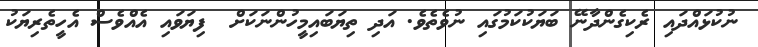
ނުކުޅައްދައި ރެކިގެންދާނޭ ބަޔަކުކަމުގައި ނުވެތެވެ. އަދި ތިޔަބައިމީހުންނަކަށް  ފިޔަވައި އެއްވެސް އެހީތެރިޔަކު